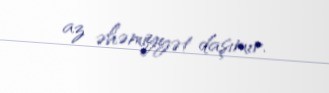
az əhəmiyyət daşımır.